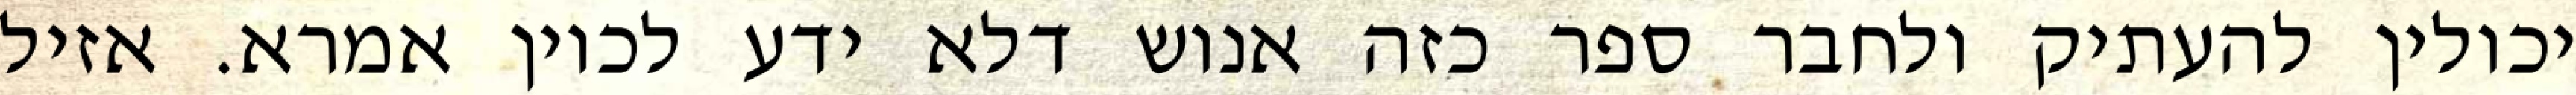
יכולין להעתיק ולחבר ספר כזה אנוש דלא ידע לכוין אמרא. אזיל